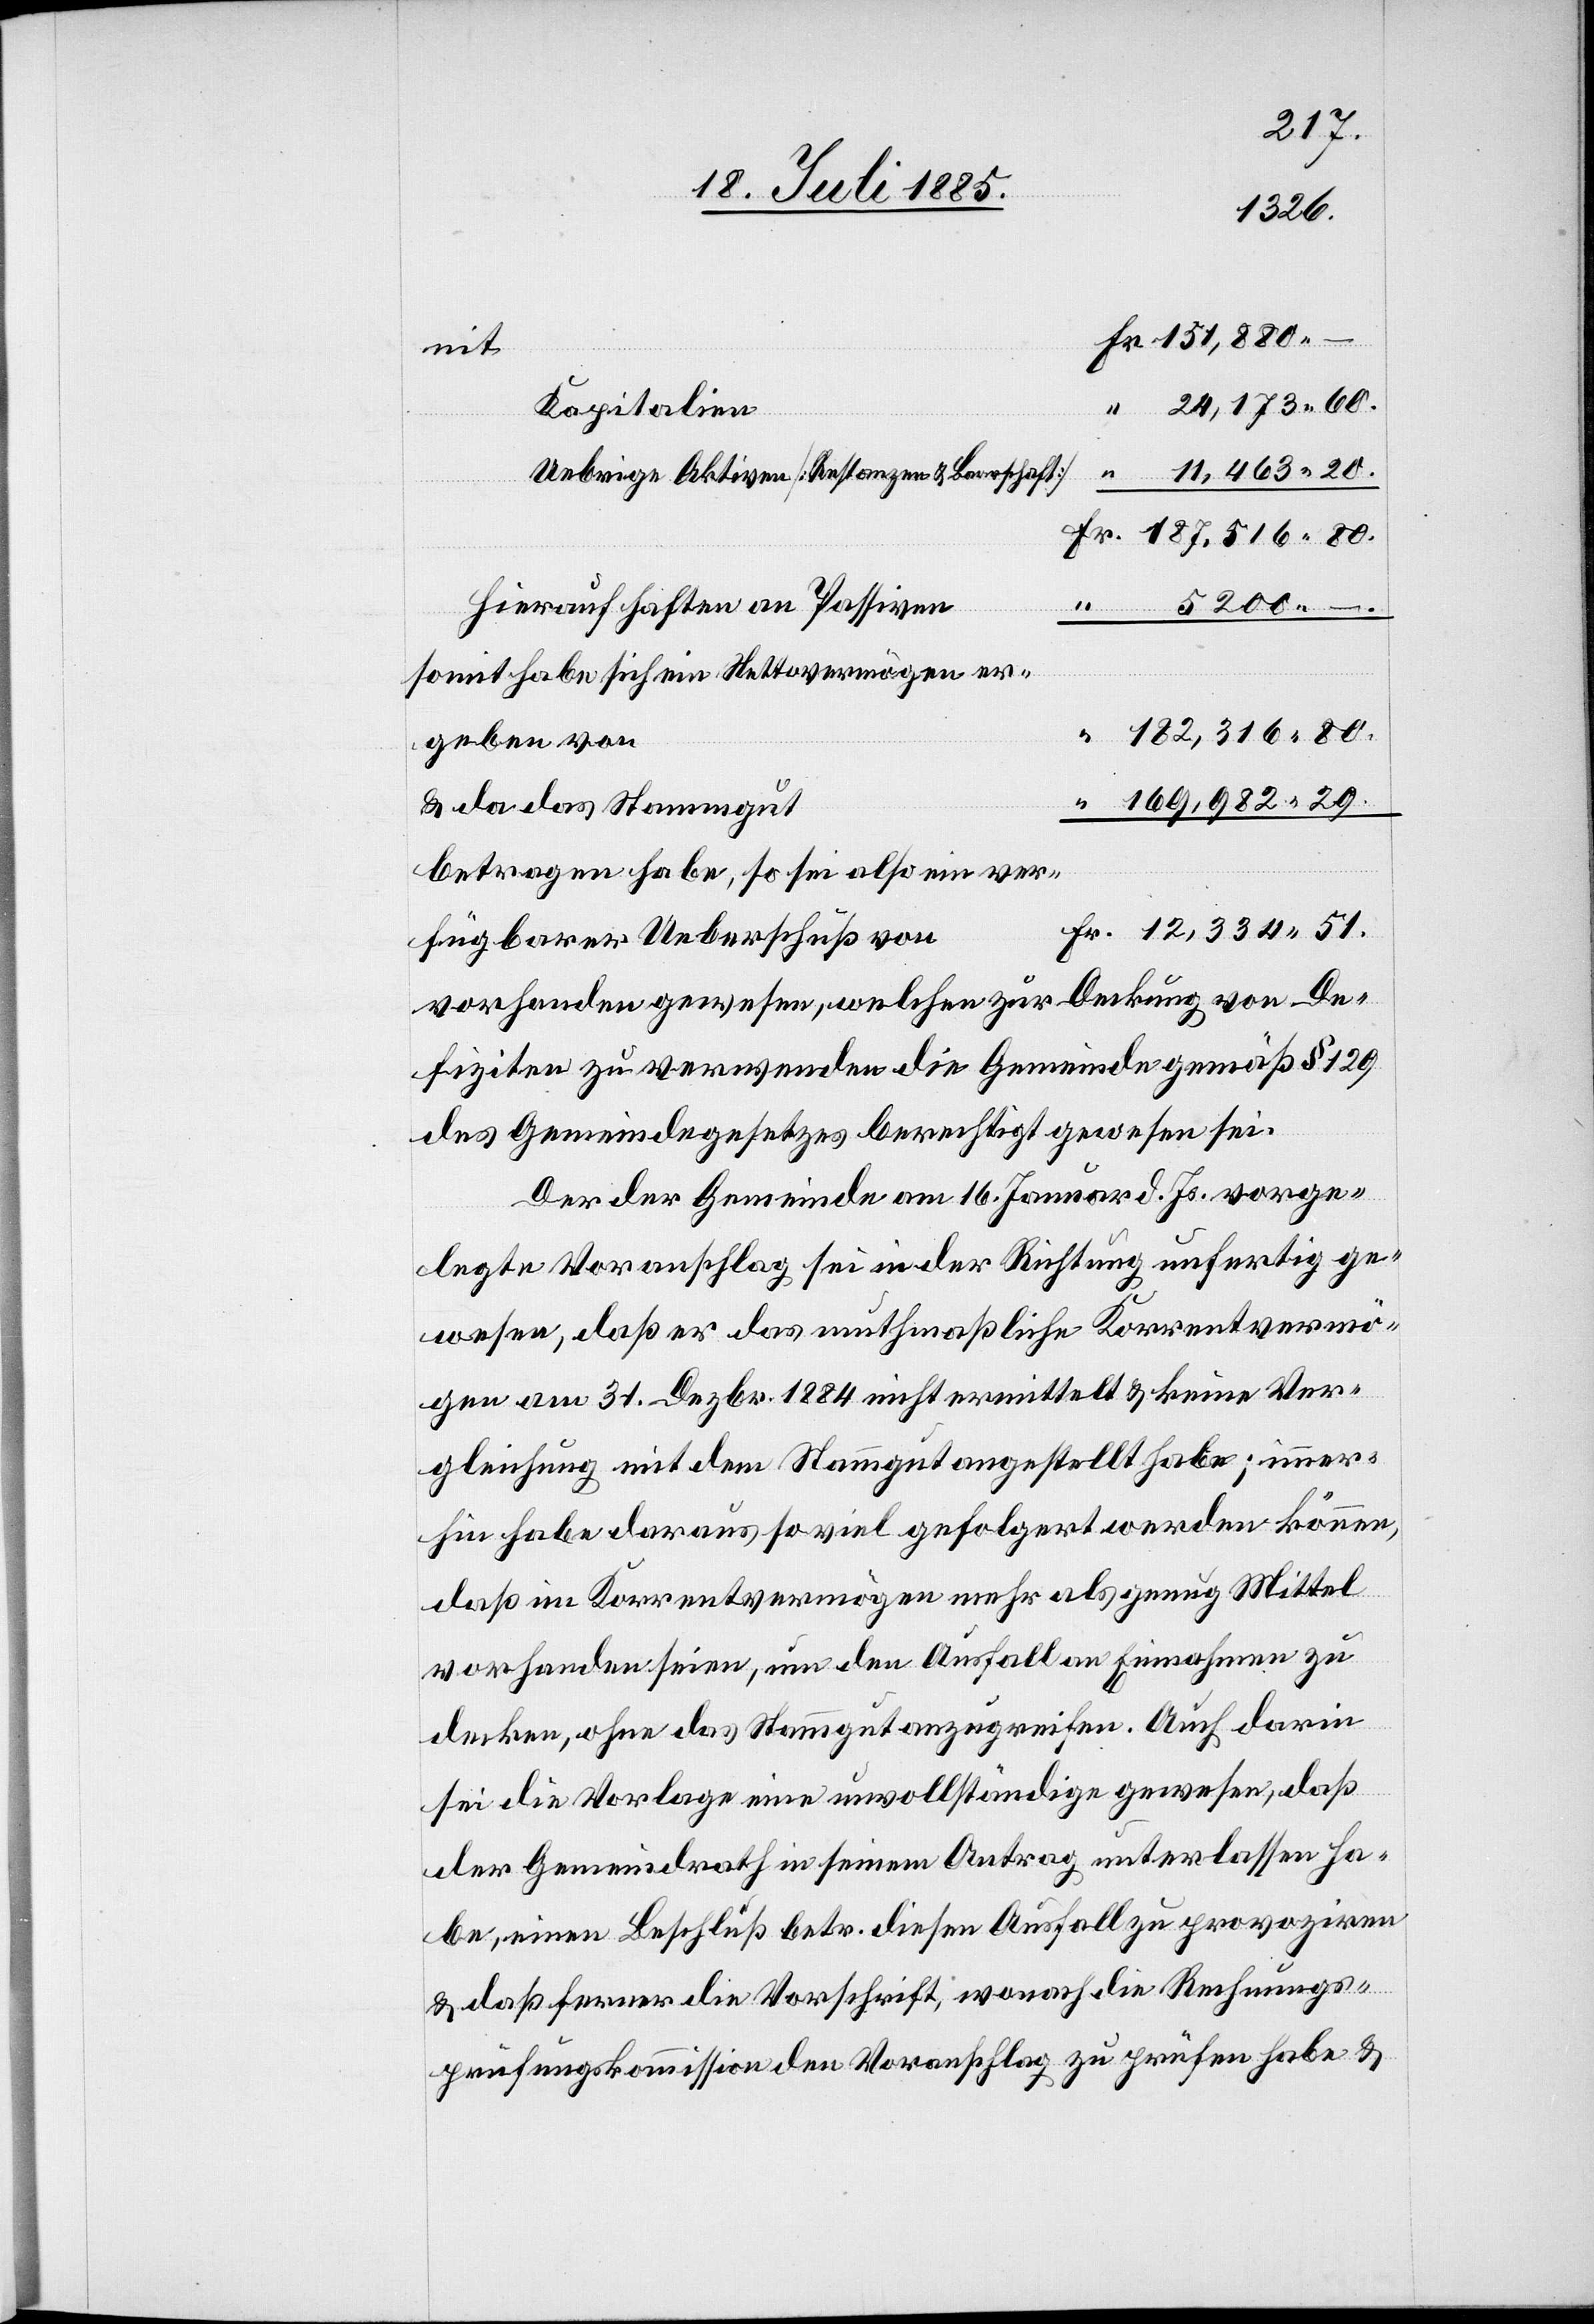
fügbarer
mit
Kapitalien
Uebrige Aktiven [Restanzen & Baarschaft]
Hierauf haften an Passiven
somit habe sich ein Nettovermögen er¬
geben von
& da das Stammgut
betragen habe, so sei also ein ver¬
vorhanden gewesen, welchen zur Deckung von De¬
fiziten zu verwenden die Gemeinde gemäß § 129
des Gemeindegesetzes berechtigt gewesen sei.
Der der Gemeinde am 16. Januar d. Js. vorge¬
legte Voranschlag sei in der Richtung unfertig ge¬
wesen, daß er das muthmaßliche Korrentvermö¬
gen am 31. Dezbr. 1884 nicht ermittelt & keine Ver¬
gleichung mit dem Stammgut angestellt habe; immer¬
hin habe daraus so viel gefolgert werden können,
daß im Korrentvermögen mehr als genug Mittel
vorhanden seien, um den Ausfall an Einnahmen zu
decken, ohne das Stammgut anzugreifen. Auch darin
sei die Vorlage eine unvollständige gewesen, daß
der Gemeindrath in seinem Antrag unterlassen ha¬
be, einen Beschluß betr. diesen Ausfall zu provoziren
& daß ferner die Vorschrift, wonach die Rechnungs¬
prüfungskommission den Voranschlag zu prüfen habe &